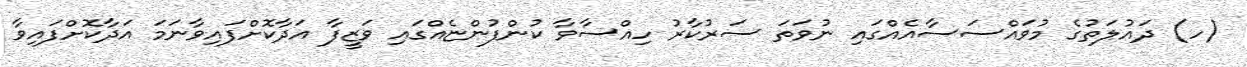
(ހ) ދައުލަތުގެ މުވައްސަސާއެއްގައި ނުވަތަ ސަރުކާރު ހިއްސާވާ ކުންފުންޏެއްގައި ވަޒީފާ އަދާކޮށްފައިވާނަމަ އަދާކޮށްފައިވާ